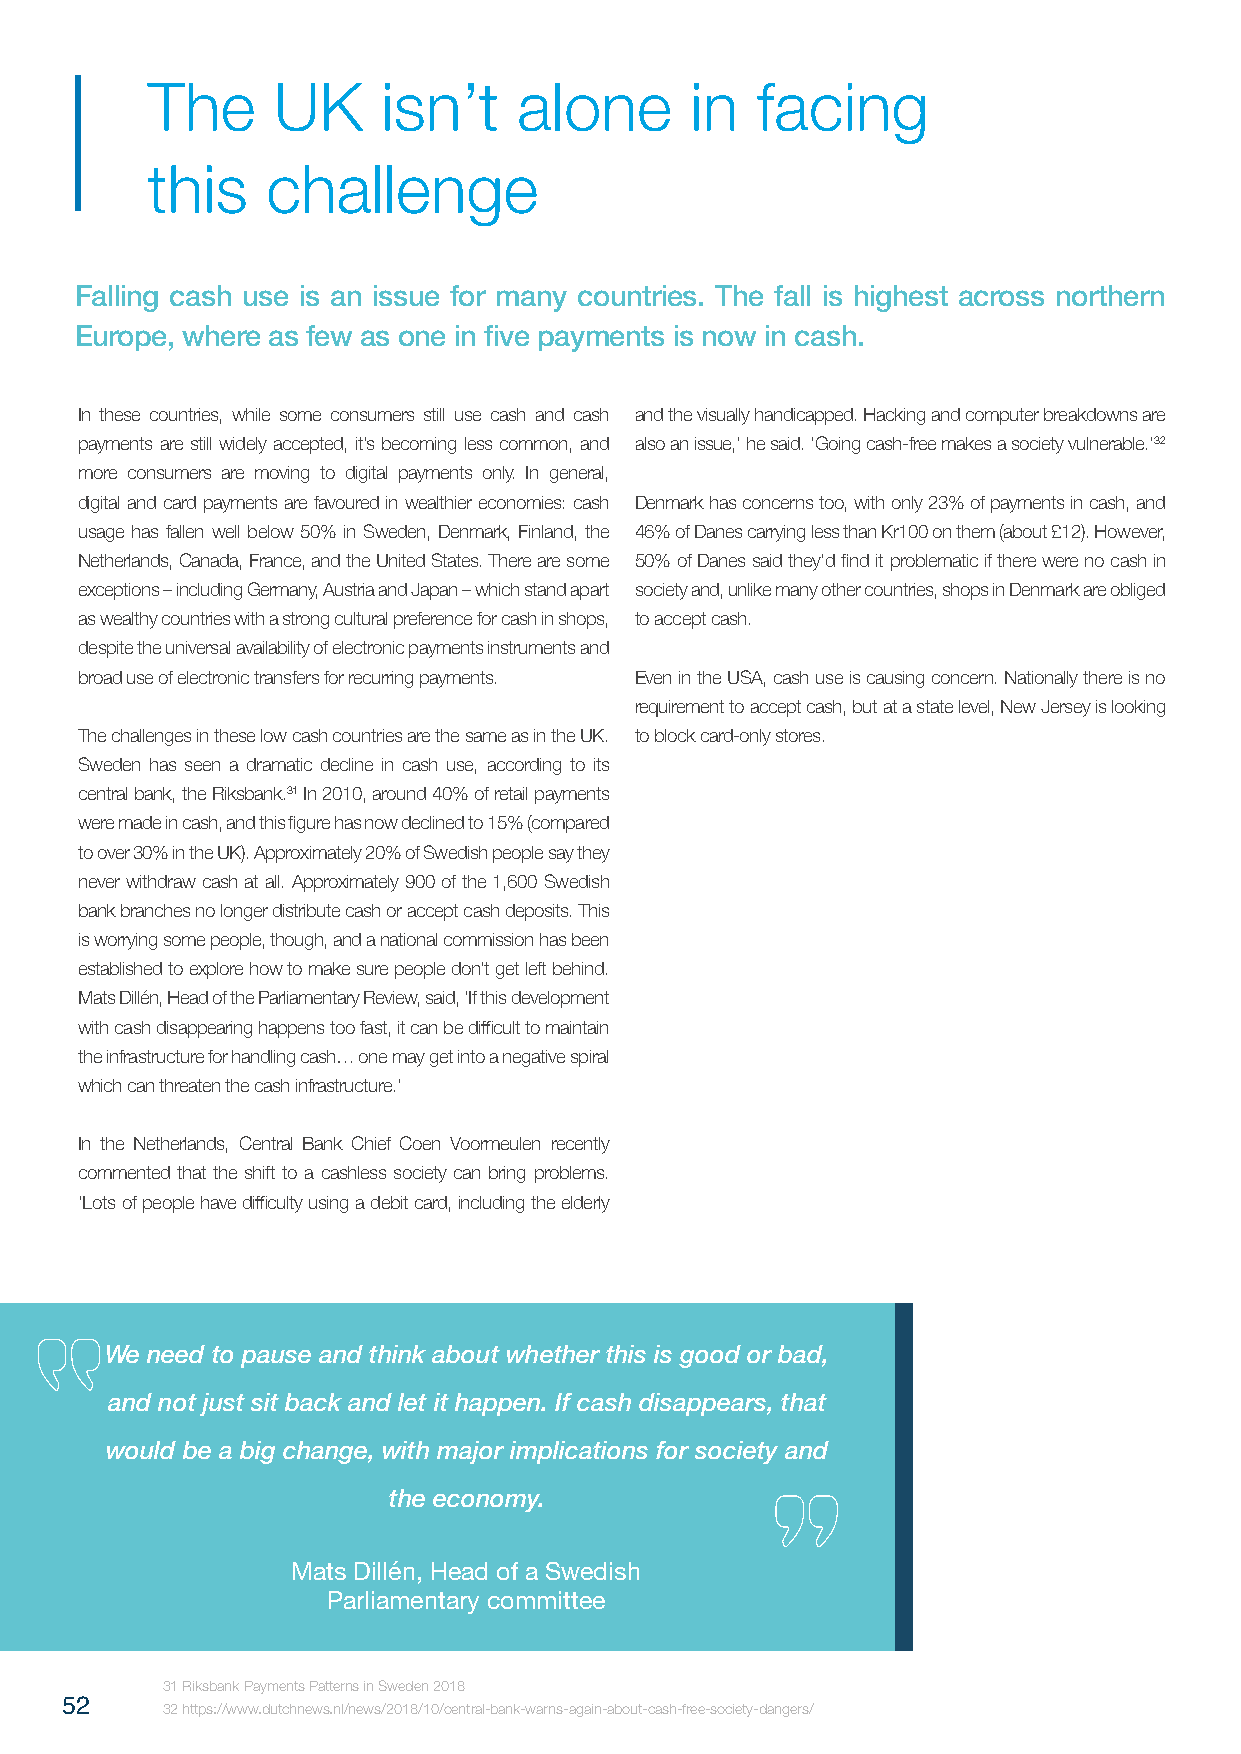
The     UK     isn’t    alone       in  facing
 this    challenge
 Falling cash use is an issue for many countries. The fall is highest across northern
 Europe, where as few as one in five payments is now in cash.
 In these countries, while some consumers still use cash and cash and the visually handicapped. Hacking and computer breakdowns are
 payments are still widely accepted, it’s becoming less common, and also an issue,’ he said. ‘Going cash-free makes a society vulnerable.’32
 more consumers are moving to digital payments only. In general,
 digital and card payments are favoured in wealthier economies: cash Denmark has concerns too, with only 23% of payments in cash, and
 usage has fallen well below 50% in Sweden, Denmark, Finland, the 46% of Danes carrying less than Kr100 on them (about £12). However,
 Netherlands, Canada, France, and the United States. There are some 50% of Danes said they’d find it problematic if there were no cash in
 exceptions – including Germany, Austria and Japan – which stand apart society and, unlike many other countries, shops in Denmark are obliged
 as wealthy countries with a strong cultural preference for cash in shops, to accept cash.
 despite the universal availability of electronic payments instruments and
 broad use of electronic transfers for recurring payments. Even in the USA, cash use is causing concern. Nationally there is no
 requirement to accept cash, but at a state level, New Jersey is looking
 The challenges in these low cash countries are the same as in the UK. to block card-only stores.
 Sweden has seen a dramatic decline in cash use, according to its
 central bank, the Riksbank.31 In 2010, around 40% of retail payments
 were made in cash, and this figure has now declined to 15% (compared
 to over 30% in the UK). Approximately 20% of Swedish people say they
 never withdraw cash at all. Approximately 900 of the 1,600 Swedish
 bank branches no longer distribute cash or accept cash deposits. This
 is worrying some people, though, and a national commission has been
 established to explore how to make sure people don’t get left behind.
 Mats Dillén, Head of the Parliamentary Review, said, ‘If this development
 with cash disappearing happens too fast, it can be difficult to maintain
 the infrastructure for handling cash… one may get into a negative spiral
 which can threaten the cash infrastructure.’
 In the Netherlands, Central Bank Chief Coen Voormeulen recently
 commented that the shift to a cashless society can bring problems.
 ‘Lots of people have difficulty using a debit card, including the elderly
 We need to pause and think about whether this is good or bad,
 and not just sit back and let it happen. If cash disappears, that
 would be a big change, with major implications for society and
 the economy.
 Mats Dillén, Head of a Swedish
 Parliamentary committee
 31 Riksbank Payments Patterns in Sweden 2018
 52     32 https://www.dutchnews.nl/news/2018/10/central-bank-warns-again-about-cash-free-society-dangers/